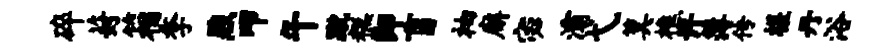
碎葑箱季煦叩午蹴糕即盲袖廨宓灞弋箕樵许簿传槎丹浴